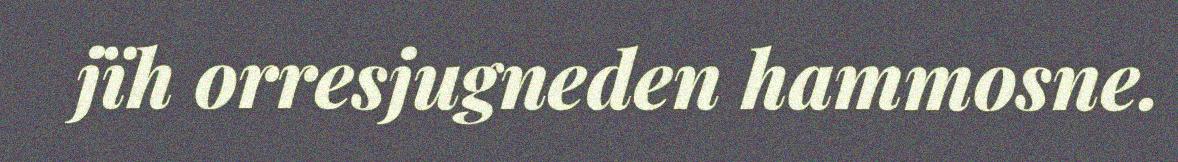
jïh orresjugneden hammosne.